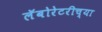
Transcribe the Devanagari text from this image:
लॅबोरेटरीच्या